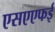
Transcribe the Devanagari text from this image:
एसएएफई